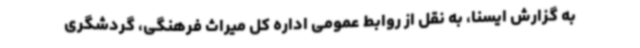
به گزارش ایسنا، به نقل از روابط عمومی اداره کل میراث فرهنگی، گردشگری